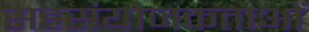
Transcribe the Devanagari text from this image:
सहसंयोजकताओं